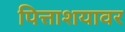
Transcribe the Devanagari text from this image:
पित्ताशयावर